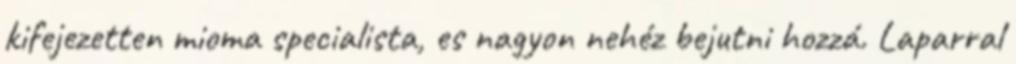
kifejezetten mioma specialista, es nagyon nehéz bejutni hozzá. Laparral